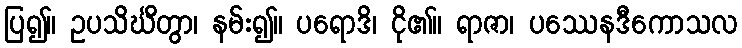
ပြ၍။ ဥပသိင်္ဃိတွာ၊ နမ်း၍။ ပရောဒိ၊ ငို၏။ ရာဇာ၊ ပဿေနဒီကောသလ